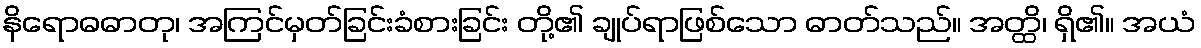
နိရောဓဓာတု၊ အကြင်မှတ်ခြင်းခံစားခြင်း တို့၏ ချုပ်ရာဖြစ်သော ဓာတ်သည်။ အတ္ထိ၊ ရှိ၏။ အယံ